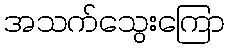
အသက်သွေးကြော